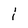
Character: i